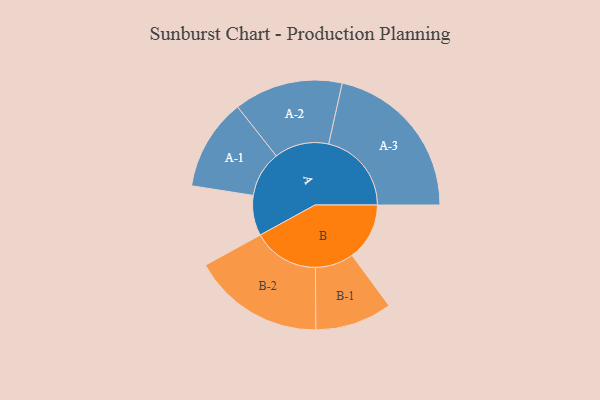
{"axis": {"x": "Segment", "y": "Value"}, "legend": ["", "A", "B"], "data": [{"x": "A", "y": 136, "type": ""}, {"x": "B", "y": 194, "type": ""}, {"x": "A-1", "y": 155, "type": "A"}, {"x": "A-2", "y": 184, "type": "A"}, {"x": "A-3", "y": 280, "type": "A"}, {"x": "B-1", "y": 130, "type": "B"}, {"x": "B-2", "y": 223, "type": "B"}]}